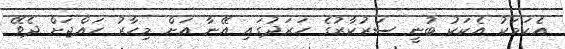
އެކަމަކު އެކަކު ބުނީ ސަރުކާރުގެ ހަރަދުގައި އޭނާ އަށް މިހާރު ހައްޖަށް ދެވޭ